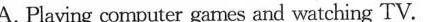
A. Playing computer games and watching TV.